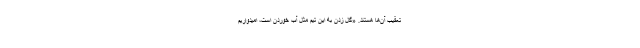
تعقیب آن‌ها هستند. «گل زدن به این تیم مثل آب خوردن است، امیدواریم